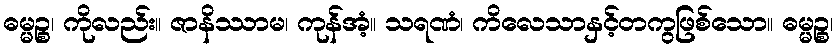
ဓမ္မဉ္စ၊ ကိုလည်း။ ဇာနိဿာမ၊ ကုန်အံ့။ သရဏံ၊ ကိလေသာနှင့်တကွဖြစ်သော။ ဓမ္မဉ္စ၊